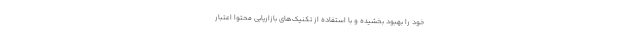
خود را بهبود بخشیده و با استفاده از تکنیک‌های بازاریابی محتوا اعتبار